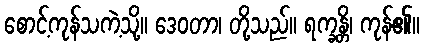
စောင့်ကုန်သကဲ့သို့။ ဒေဝတာ၊ တို့သည်။ ရက္ခန္တိ၊ ကုန်၏။